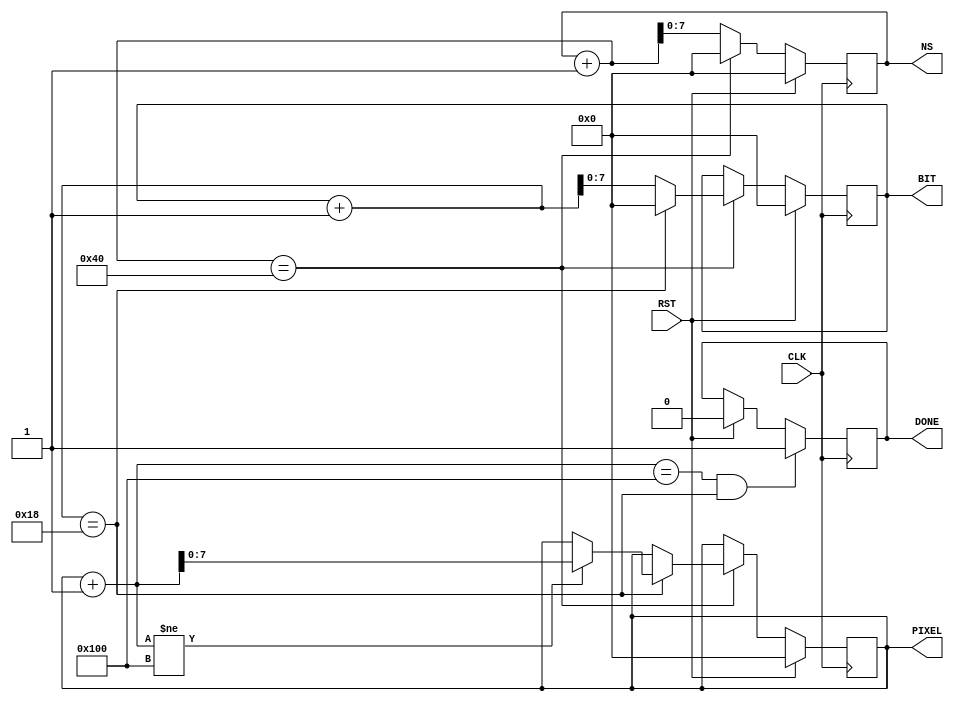
module pixel_bit_counter(
	input CLK,
	input RST,
	output reg [7:0] PIXEL = 0,
	output reg [7:0] BIT = 0,
	output reg [7:0] NS = 0,
	output reg DONE
);

parameter PIXELS = 256;
parameter BITS = 24;
parameter NSS = 64;

always @(posedge CLK) begin
	if(RST) begin
		BIT <= 0;
		PIXEL <= 0;
		NS <= 0;
		DONE <= 0;
	end else
	if(NS+1 == NSS) begin
		NS <= 0;
		if((BIT+1 == BITS)) begin
			BIT <= 0;
			if(PIXEL+1 != PIXELS) PIXEL <= PIXEL + 1;
			end else BIT <= BIT + 1;
	end else NS <= NS + 1;

	if((PIXEL+1 == PIXELS) & (BIT+1 == BITS))
		DONE <= 1;
end
endmodule